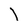
Character: l